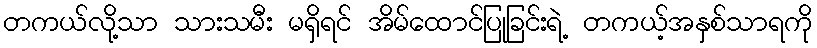
တကယ်လို့သာ သားသမီး မရှိရင် အိမ်ထောင်ပြုခြင်းရဲ့ တကယ့်အနှစ်သာရကို